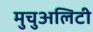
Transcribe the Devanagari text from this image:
मुचुअलिटी